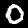
Digit: 0